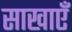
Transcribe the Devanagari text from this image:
साखाएँ